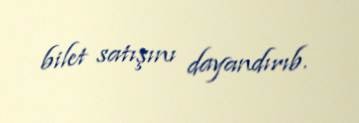
bilet satışını dayandırıb.